Vaccination in Bombay 1913-1923 - 1913-1923
Year: 1913
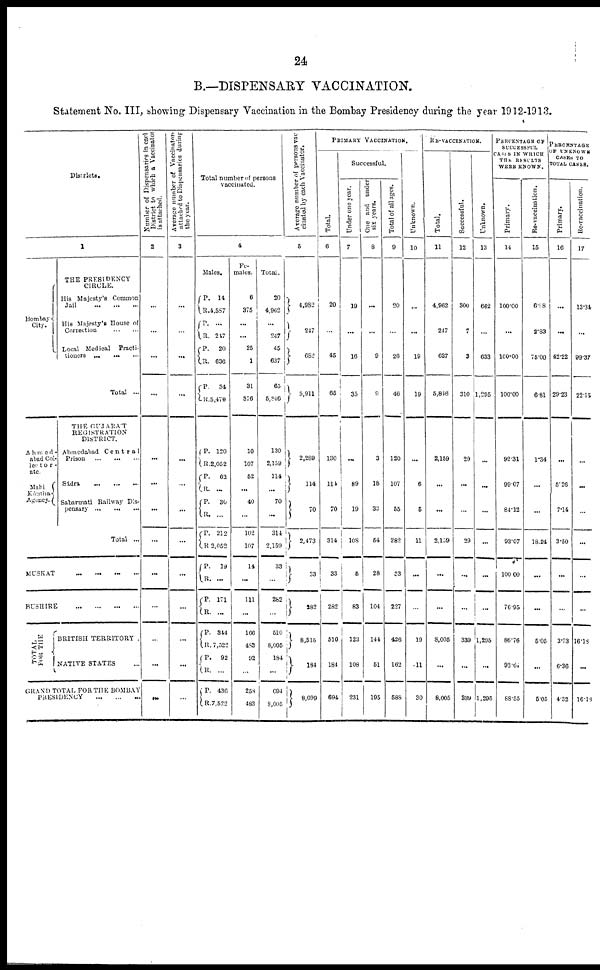
24
B.—DISPENSARY VACCINATION.
Statement No. III, showing Dispensary Vaccination in the Bombay Presidency during the year 1912-1913.
Districts.
1
Bombay
City.
THE PRESIDENCY
CIRCLE.
His Majesty's Common
Jail
...
...
...
His Majesty's House of
Correction
...
...
Local Medical
Practi-
tioners ... ... ...
Total ...
Ahmed¬
abad Col¬
lector¬
ate.
Mahi
Kántha
Agency.
THE GUJARÁT
REGISTRATION
DISTRICT.
Ahmedabad
Central
Prison
...
...
...
Sádra
...
...
...
Sabarmati Railway Dis-
pensary
...
...
...
Total ...
MUSKAT ... ... ... ...
BUSHIRE
...
...
...
...
TOTAL
FOR THE
BRITISH TERRITORY .
NATIVE STATES ...
GRAND TOTAL FOR THE BOMBAY
PRESIDENCY ... ... ...
Number of Dispensaries in each
District to which a Vaccinator
is attached.
2
...
...
...
...
...
...
...
...
...
...
...
...
...
Average number of Vaccinator
attached to Dispensaries during
the year.
3
...
...
...
...
...
...
...
...
...
...
...
...
...
Total number of persons
vaccinated.
4
Males.
P.
R. P.
R. P.
R.
P.
R.
14
4,587
...
247
20
636
34
5,470
P.
R.
P.
R.
P.
R.
P.
R.
P.
R.
P.
R.
P.
R.
P.
R.
P. R.
120
2,052
63
...
30
...
212
2,052
19
...
171
...
314
7,522
82
...
436
7,522
Fe-
males.
6
375
...
...
25
1
31
376
10
107
52
...
40
...
102
107
14
...
111
...
166
483
92
...
258
483
Total.
20
4,962
...
247
45
637
65
5,846
130
2,159
114
...
70
...
314
2,159
33
...
282
...
510
8,005
184
...
694
8,005
Average number of persons vac
cinated by each Vaccinator.
5
4,982
247
682
5,911
2,289
114
70
2,473
33
282
8,515
184
8,699
PRIMARY VACCINATION.
Total.
6
20
...
45
65
130
114
70
314
33
282
510
184
694
Successful.
Under one year.
7
19
...
16
35
...
89
19
108
5
83
123
108
231
One and under
six years.
8
...
...
9
9
3
18
33
54
28
104
144
51
195
Total of all ayes.
9
20
...
26
46
120
107
55
282
33
227
426
162
588
Unknown.
10
...
...
19
19
...
6
5
11
...
...
19
11
30
RE-VACCINATION.
Total.
11
4,962
247
637
5,846
2,159
...
...
2,159
...
...
8,005
...
8,005
Successful.
12
300
7
3
310
29
...
29
...
...
339
...
339
Unknown.
13
662
...
633
1,295
...
...
...
...
...
...
1,205
...
1,295
PERCENTAGE OF
SUCCESSFUL
CASES IN WHICH
THE RESULTS
WERE KNOWN.
Primary.
14
100.00
...
100.00
100.00
92.31
99.07
84.12
93.07
100.00
76.95
86.76
93.64
68.55
Re-vaccination.
15
6.98
2.83
75.00
6.81
1.34
...
...
18.24
...
...
5.05
...
5.05
PERCENTAGE
OF UNKNOWN
CASES TO
TOTAL CASES.
Primary.
16
...
...
42.22
29.23
...
5.26
7.14
3.50
...
...
3.73
6.36
4.32
Re-vaccination.
17
13.34
...
99.37
22.15
...
...
...
...
...
...
16.18
...
16.18